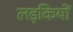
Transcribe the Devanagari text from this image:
लड़कियों